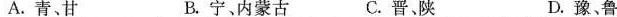
A.青、甘 B.宁、内蒙古 C.晋、陕 D.豫、鲁